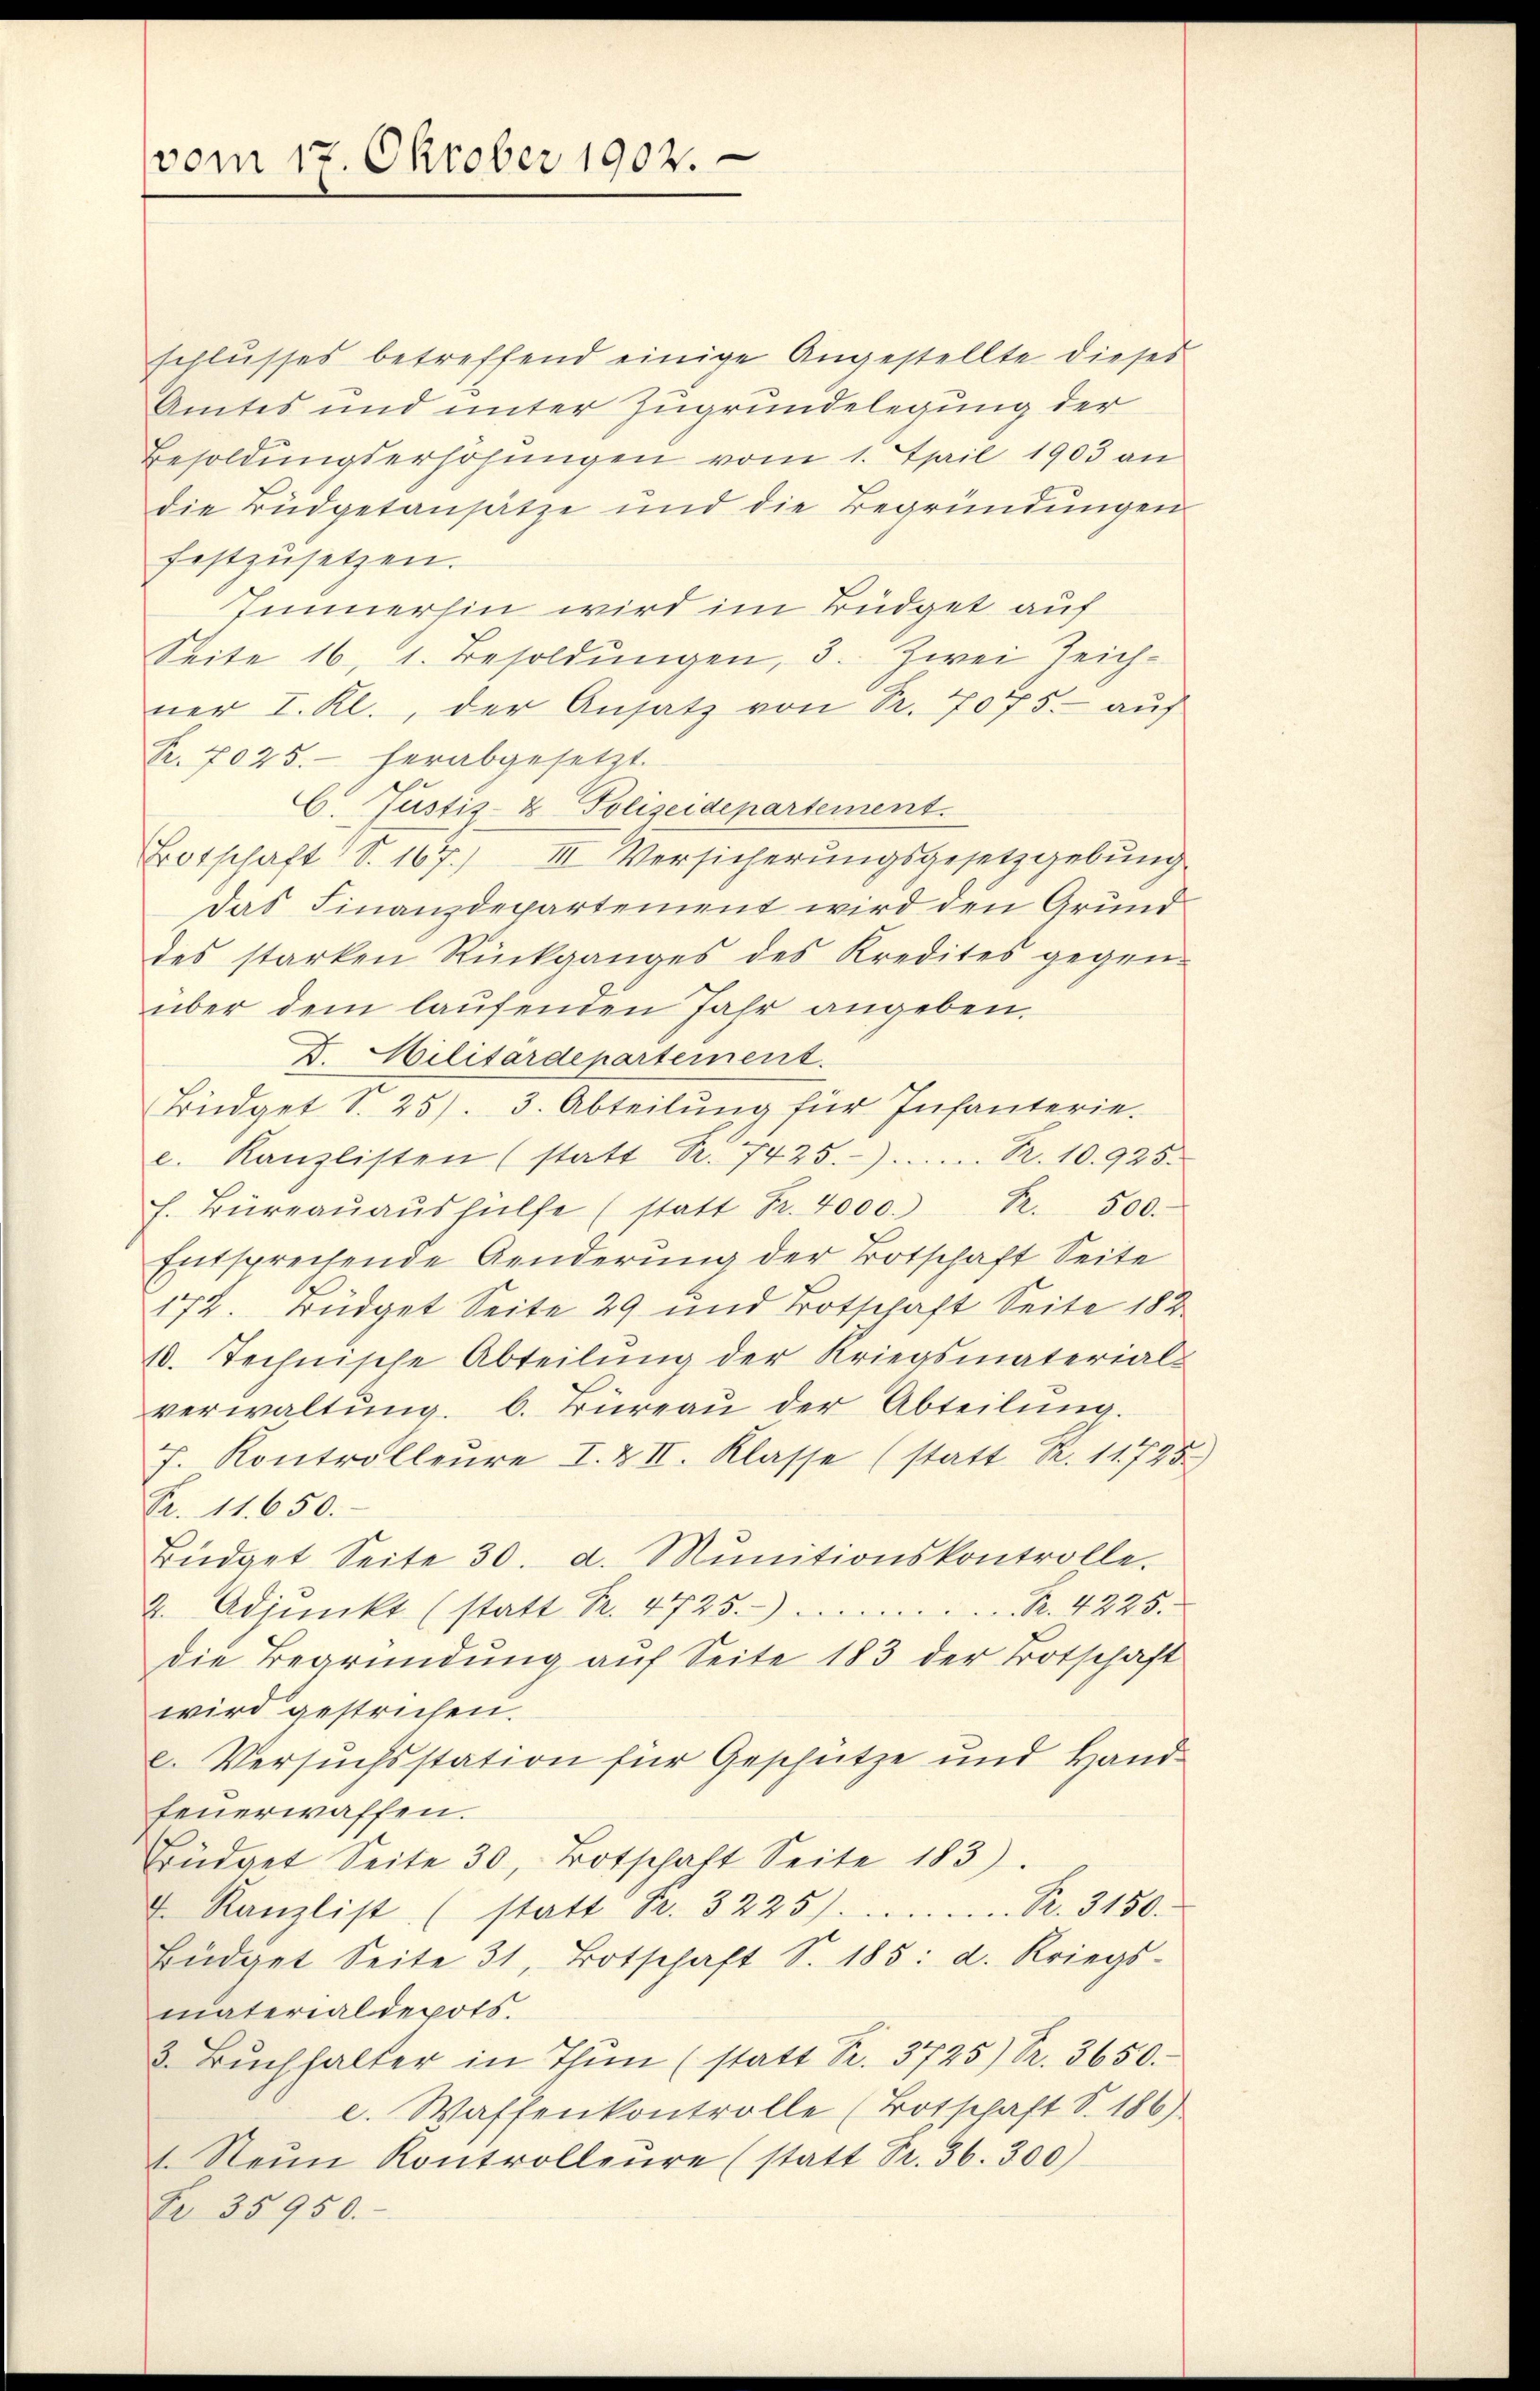
vom 17. Oktober 1902.

schlusses betreffend einige Angestellte dieses
Amtes und unter Zugrundelegung der
Besoldungserhöhungen vom 1. April 1903 an
die Büdgetansätze und die Begründŭngen
festzusetzen.
Immerhin wird im Büdget auf
Seite 16, 1. Besoldŭngen, 3. Zwei Zeichner I. Kl., der Ansatz von Sr. 7075. - auf
R. 7025.- herabgesetzt.
C. Justiz- & Polizeidepartement.
Botschaft S. 167.) III Versicherungsgesetzgebung
das Finanzdepartement wird den Grunddes starken Rückganges des Kredites gegen-
über dem laufenden Jahr angeben.
D. Militärdepartement.
Büdget S. 25). 3. Abteilŭng für Infanterie-
c. Kanzlisten (statt R. 7425). R. 10. 925.
h. Büreaŭaŭshülfe (statt Fr. 4000. R. 500.
Entsprechende Aenderung der Botschaft Seite
172. Büdget Seite 29 und Totschaft Seite 182
10. Technische Abteilŭng der Kriegsmaterials
verwaltŭng. l. Büreaŭ der Abteilŭng.
f. Kontrolleure I. & II. Klasse (statt R. 11725)
Pr. 11. 650.
Büdget Seite 30. d. Mŭnitionskontrolle.
2. Adjunkt (statt Fr. 4725.R. 4225.
die Begründung auf Seite 183 der Botschaft
wird gestrichen.
c. Versuchsstation für Geschütze und Hand-
feuerwaffen.
Büdget Seite 30, Botschaft Seite 183).
t. Kanzlist (statt Fr. 3225). . . Pr. 3150.
Büdget Seite 31, Botschaft S. 185: d. Kriegs-
materialdepots.
3. Bŭchhalter in Thun (statt S. 3725) S. 3650.
e. Waffenkontrolle (Totschaft S. 186)
t. Neun Kontrolleŭre (statt Fr. 36. 300)
Fr. 35950.